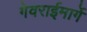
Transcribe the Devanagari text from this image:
गेवराईमार्गे